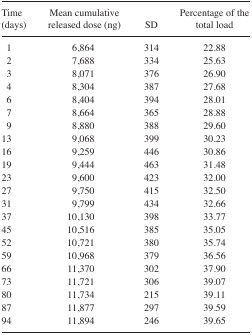
| Time (days) | Mean cumulative released dose (ng) | SD | Percentage of the total load |
 | --- | --- | --- | --- |
 | 1 | 6,864 | 314 | 22.88 |
 | 2 | 7,688 | 334 | 25.63 |
 | 3 | 8,071 | 376 | 26.90 |
 | 4 | 8,304 | 387 | 27.68 |
 | 6 | 8,404 | 394 | 28.01 |
 | 7 | 8,664 | 365 | 28.88 |
 | 9 | 8,880 | 388 | 29.60 |
 | 13 | 9,068 | 399 | 30.23 |
 | 16 | 9,259 | 446 | 30.86 |
 | 19 | 9,444 | 463 | 31.48 |
 | 23 | 9,600 | 423 | 32.00 |
 | 27 | 9,750 | 415 | 32.50 |
 | 31 | 9,799 | 434 | 32.66 |
 | 37 | 10,130 | 398 | 33.77 |
 | 45 | 10,516 | 385 | 35.05 |
 | 52 | 10,721 | 380 | 35.74 |
 | 59 | 10,968 | 379 | 36.56 |
 | 66 | 11,370 | 302 | 37.90 |
 | 73 | 11,721 | 306 | 39.07 |
 | 80 | 11,734 | 215 | 39.11 |
 | 87 | 11,877 | 297 | 39.59 |
 | 94 | 11,894 | 246 | 39.65 |